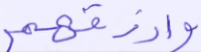
وارزقهم